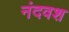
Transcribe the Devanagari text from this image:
नंदवश